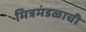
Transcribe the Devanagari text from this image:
मित्रमंडळाची